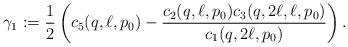
LaTeX: \begin{align*}\gamma_1 := \frac{1}{2} \left( c_5(q,\ell,p_0) - \frac{c_2(q,\ell,p_0)c_3(q,2\ell,\ell,p_0)}{c_1(q,2\ell,p_0)} \right).\end{align*}